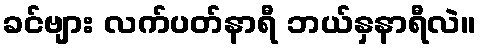
ခင်ဗျား လက်ပတ်နာရီ ဘယ်နှနာရီလဲ။